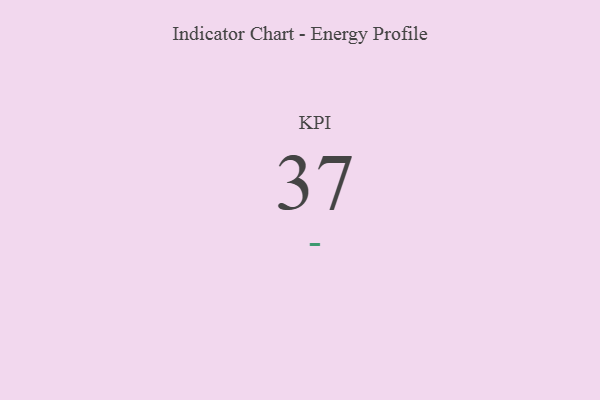
{"axis": {"x": "KPI", "y": "Value"}, "legend": [""], "data": [{"x": "KPI", "y": 37, "type": ""}]}